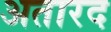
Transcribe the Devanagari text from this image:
अतारद